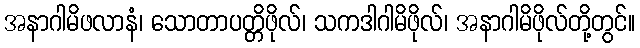
အနာဂါမိဖလာနံ၊ သောတာပတ္တိဖိုလ်၊ သကဒါဂါမိဖိုလ်၊ အနာဂါမိဖိုလ်တို့တွင်။